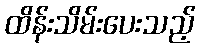
ထိန်းသိမ်းပေးသည့်